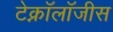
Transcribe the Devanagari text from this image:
टेक्नॉलॉजीस